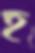
হ